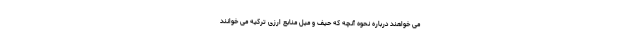
می خواهند درباره نحوه آنچه که حیف و میل منابع ارزی ترکیه می خوانند